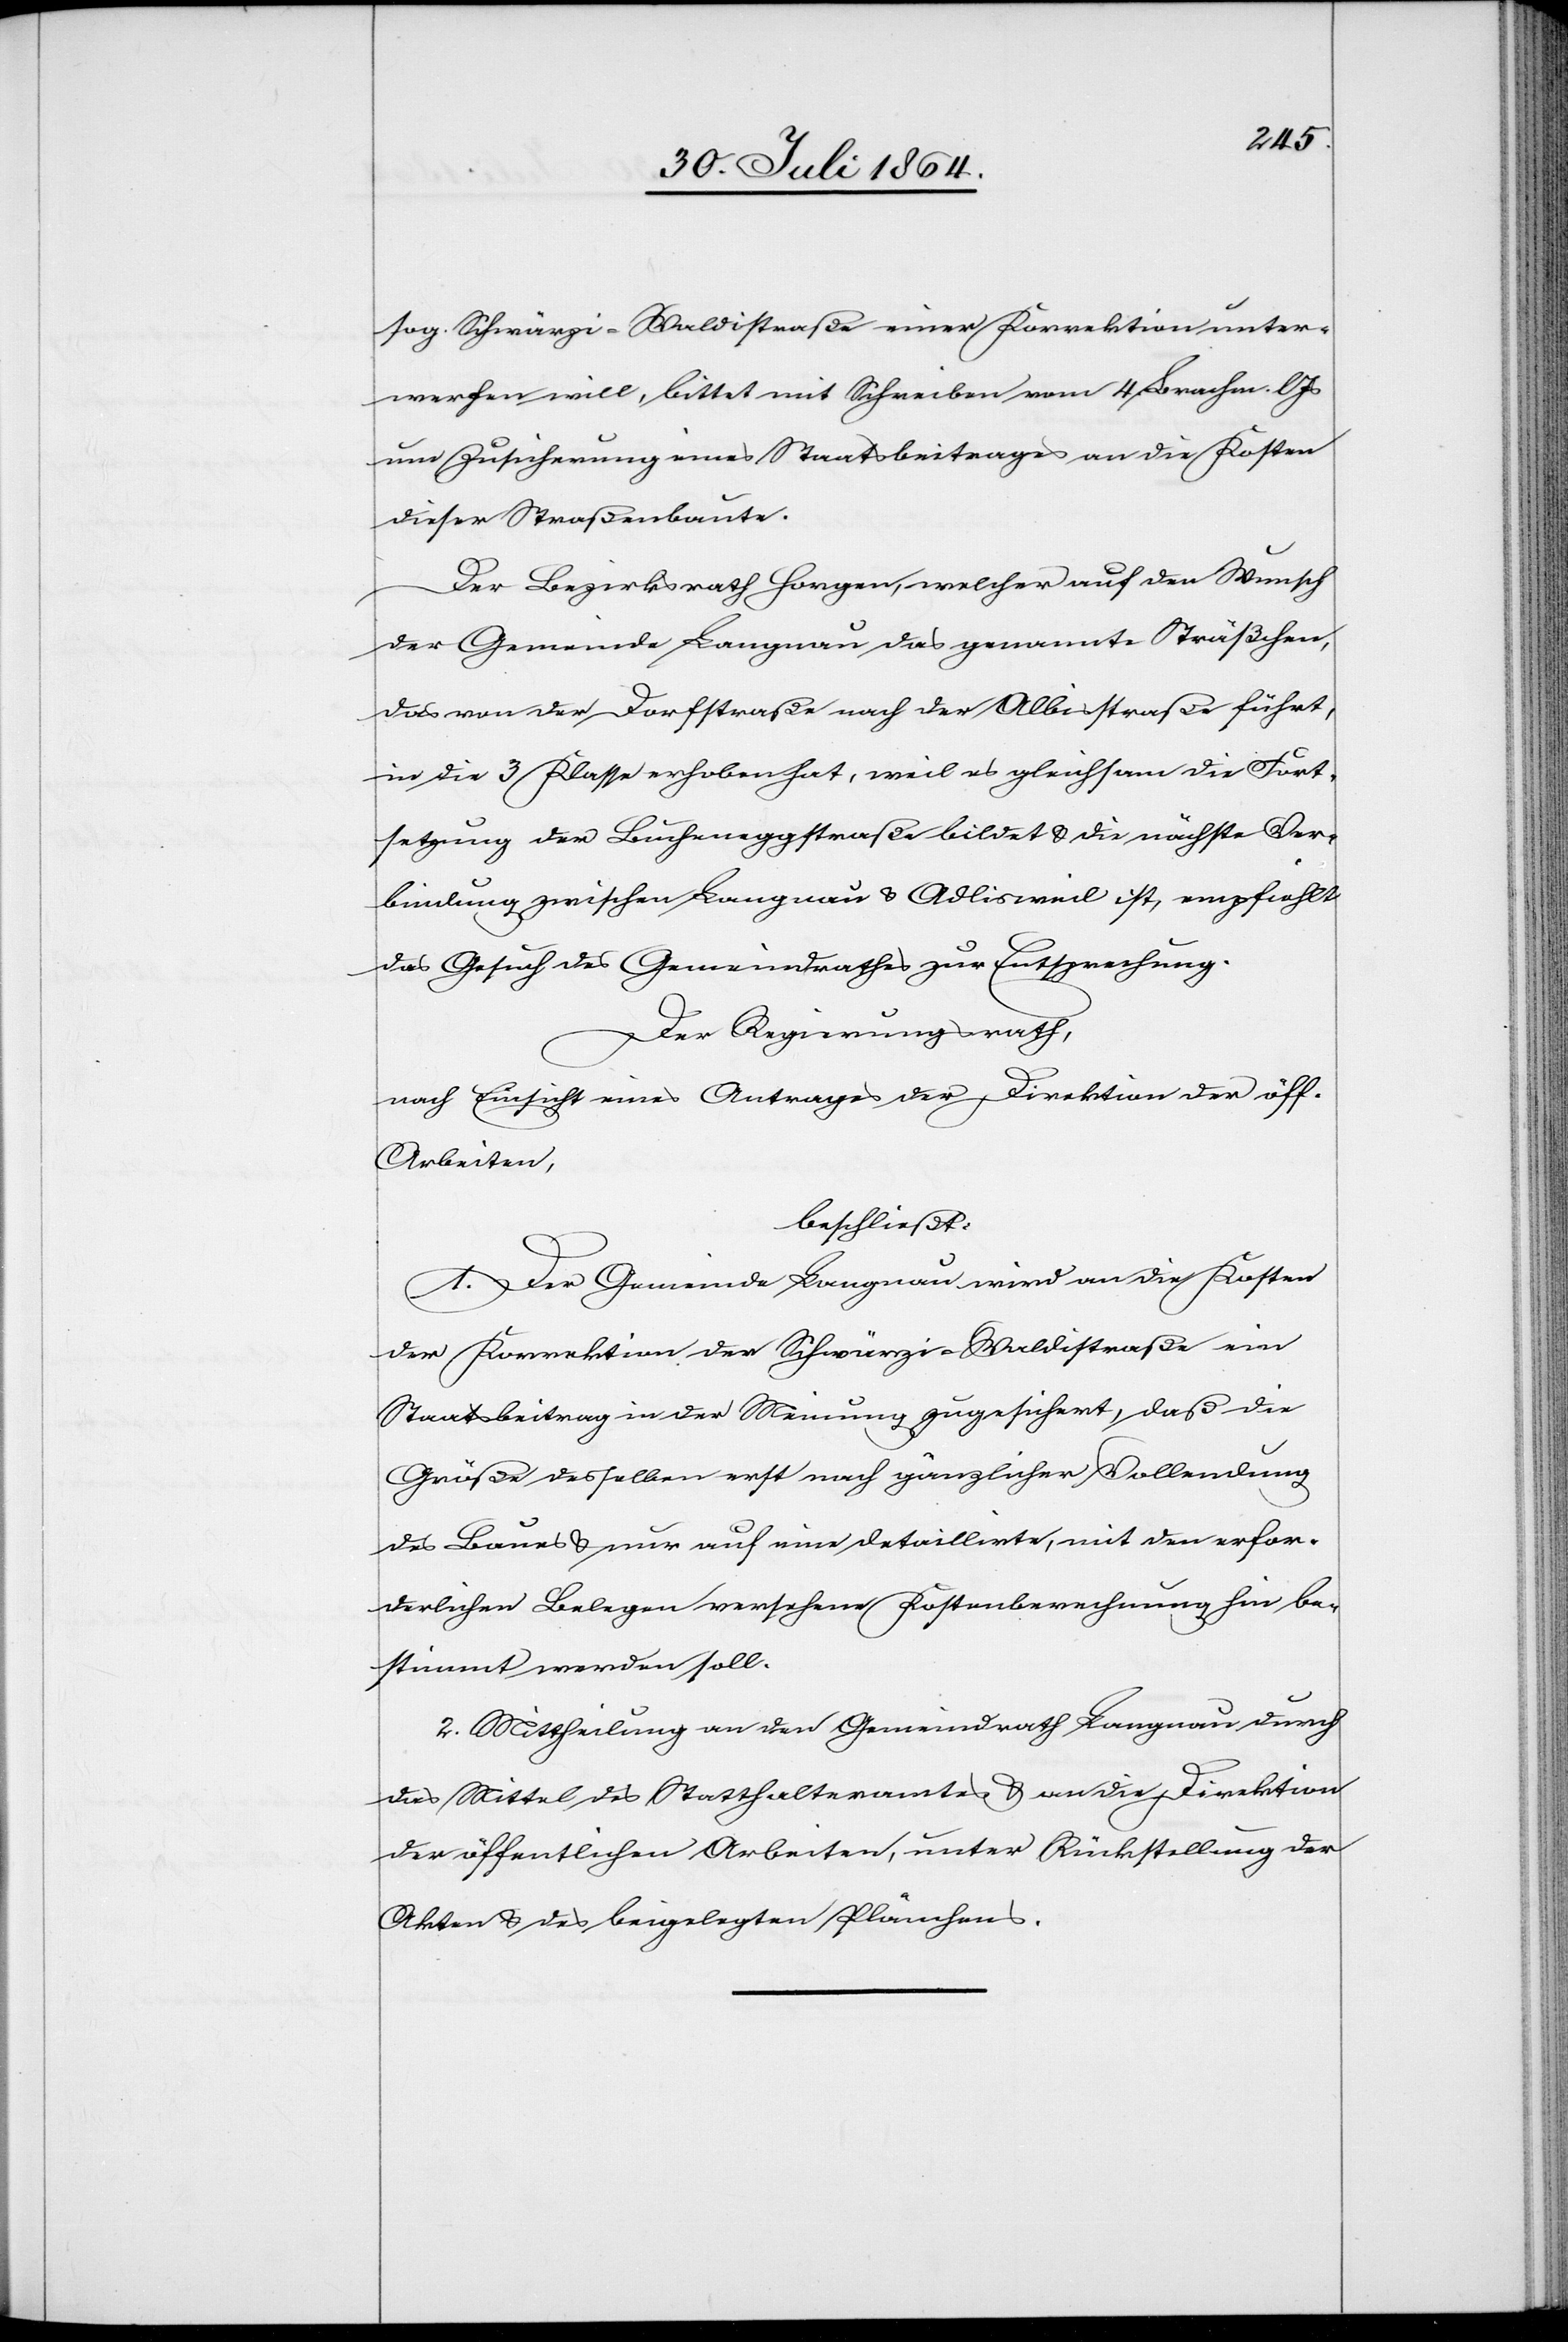
sog. Schwärzi-Waldistraße einer Korrektion unter¬
werfen will, bittet mit Schreiben vom 4. Brachm. l.
um Zusicherung eines Staatsbeitrages an die Kosten
dieser Straßenbaute.
Der Bezirksrath Horgen, welcher auf den Wunsch
der Gemeinde Langnau das genannte Sträßchen,
das von der Dorfstraße nach der Albisstraße führt,
in die 3. Klasse erhoben hat, weil es gleichsam die Fort¬
setzung der Bucheneggstraße bildet & die nächste Ver¬
bindung zwischen Langnau und Adlisweil ist, empfiehlt
das Gesuch des Gemeindrathes zur Entsprechung.
Der Regierungsrath,
nach Einsicht eines Antrages der Direktion der öff.
Arbeiten,
beschließt:
1. Der Gemeinde Langnau wird an die Kosten
der Korrektion der Schwärzi-Waldistraße ein
Staatsbeitrag in der Meinung zugesichert, daß die
Größe desselben erst nach gänzlicher Vollendung
des Baues & nur auf eine detaillirte, mit den erfor¬
derlichen Belegen versehene Kostenberechnung hin be¬
stimmt werden soll.
2. Mittheilung an den Gemeindrath Langnau durch
das Mittel des Statthalteramtes und an die Direktion
der öffentlichen Arbeiten, unter Rückstellung der
Akten & des beigelegten Planes.